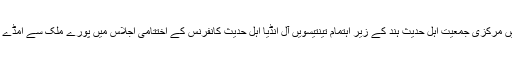
موصوف کل رات یہاں تاریخی رام لیلا میدان میں مرکزی جمعیت اہل حدیث ہند کے زیر اہتمام تینتیسویں آل انڈیا اہل حدیث کانفرنس کے اختتامی اجلاس میں پورے ملک سے امڈے ہوئے عوامی سیلاب سے خطاب کررہے تھے۔